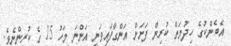
އެބެންކުގެ ހިދުމަތް ކުރިން ފަށަން އަންގާފައިވަނީ އަންނަ މަހު 15 ގެ ކުރިންނެވެ.